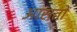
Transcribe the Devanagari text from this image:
आसतों